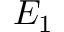
E _ { 1 }